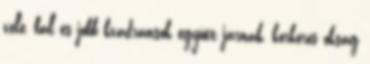
vele, bal és jobb kvadránsok együtt járnak, körkörös okság